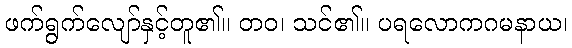
ဖက်ရွက်လျော်နှင့်တူ၏။ တဝ၊ သင်၏။ ပရလောကဂမနာယ၊